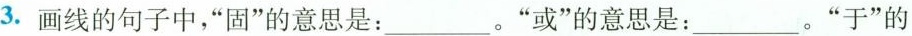
3.画线的句子中，”固”的意思是：___。”或”的意思是：___。”于”的